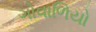
ગોવાળિયો